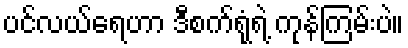
ပင်လယ်ရေဟာ ဒီစက်ရုံရဲ့ ကုန်ကြမ်းပဲ။